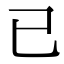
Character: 已